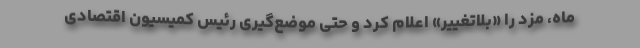
ماه، مزد را «بلاتغییر» اعلام کرد و حتی موضع‌گیری رئیس کمیسیون اقتصادی